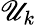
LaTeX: \mathscr{U}_{k}